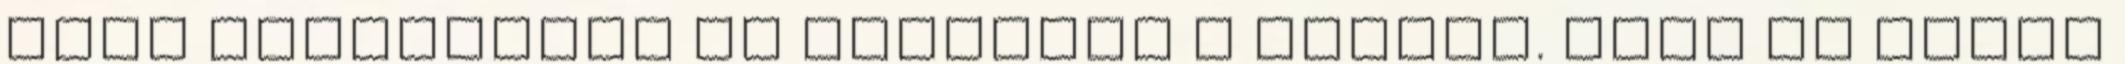
akár gyalogosan is elérhető a sílift. Akár az aktív